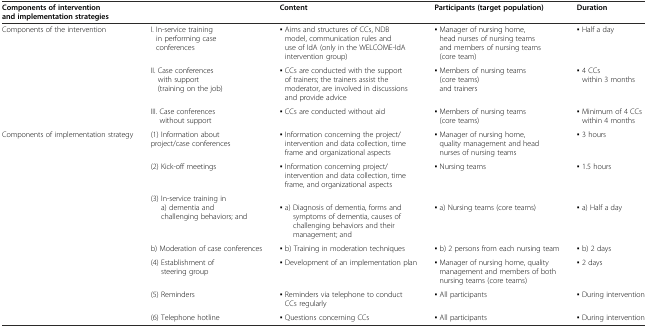
| <COLSPAN=2> Components of intervention and implementation strategies | Content | Participants (target population) | Duration |
 | --- | --- | --- | --- | --- |
 | <ROWSPAN=3> Components of the intervention | I. In-service training in performing case conferences | ▪ Aims and structures of CCs, NDB model, communication rules and use of IdA (only in the WELCOME-IdA intervention group) | ▪ Manager of nursing home, head nurses of nursing teams and members of nursing teams (core team) | ▪ Half a day |
 | II. Case conferences with support (training on the job) | ▪ CCs are conducted with the support of trainers; the trainers assist the moderator, are involved in discussions and provide advice | ▪ Members of nursing teams (core teams) and trainers | ▪ 4 CCs within 3 months |
 | III. Case conferences without support | ▪ CCs are conducted without aid | ▪ Members of nursing teams (core teams) | ▪ Minimum of 4 CCs within 4 months |
 | <ROWSPAN=6> Components of implementation strategy | (1) Information about project/case conferences | ▪ Information concerning the project/intervention and data collection, time frame and organizational aspects | ▪ Manager of nursing home, quality management and head nurses of nursing teams | ▪ 3 hours |
 | (2) Kick-off meetings | ▪ Information concerning project/intervention and data collection, time frame, and organizational aspects | ▪ Nursing teams | ▪ 1.5 hours |
 | (3) In-service training in a) dementia and challenging behaviors; and | ▪ a) Diagnosis of dementia, forms and symptoms of dementia, causes of challenging behaviors and their management; and | ▪ a) Nursing teams (core teams) | ▪ a) Half a day |
 | b) Moderation of case conferences | ▪ b) Training in moderation techniques | ▪ b) 2 persons from each nursing team | ▪ b) 2 days |
 | (4) Establishment of steering group | ▪ Development of an implementation plan | ▪ Manager of nursing home, quality management and members of both nursing teams (core teams) | ▪ 2 days |
 | (5) Reminders | ▪ Reminders via telephone to conduct CCs regularly | ▪ All participants | ▪ During intervention |
 |  | (6) Telephone hotline | ▪ Questions concerning CCs | ▪ All participants | ▪ During intervention |